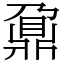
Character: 鼐